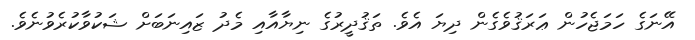
އޭނަގެ ހަމަޖެހުން ޢަރަޤުވެގެން ދިޔަ އެވެ. ތަޤުދީރުގެ ނިޔާއާއި މެދު ޒައިނަބަށް ޝަކުވާކުރެވުނެވެ.